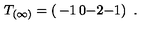
T _ { ( \infty ) } = \left( \begin{matrix} { - 1 } & { 0 } \\ { - 2 } & { - 1 } \\ \end{matrix} \right) \ .